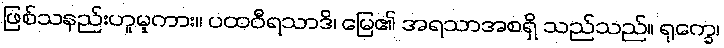
ဖြစ်သနည်းဟူမူကား။ ပထဝီရသာဒိ၊ မြေ၏ အရသာအစရှိ သည်သည်။ ရုက္ခေ၊